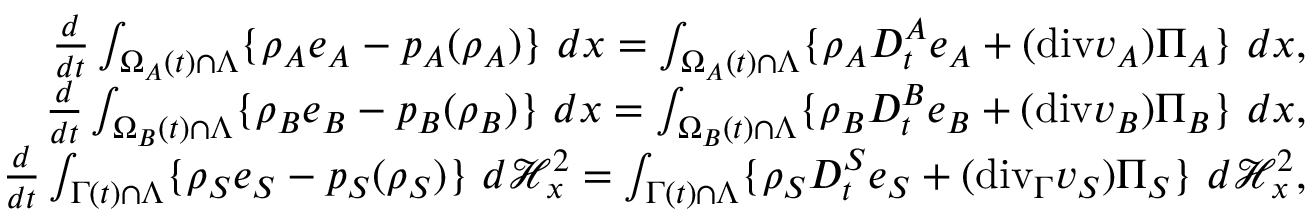
\begin{array} { r } { \frac { d } { d t } \int _ { \Omega _ { A } ( t ) \cap \Lambda } \{ \rho _ { A } e _ { A } - p _ { A } ( \rho _ { A } ) \} { \ } d x = \int _ { \Omega _ { A } ( t ) \cap \Lambda } \{ \rho _ { A } D _ { t } ^ { A } e _ { A } + ( \mathrm { { d i v } } v _ { A } ) \Pi _ { A } \} { \ } d x , } \\ { \frac { d } { d t } \int _ { \Omega _ { B } ( t ) \cap \Lambda } \{ \rho _ { B } e _ { B } - p _ { B } ( \rho _ { B } ) \} { \ } d x = \int _ { \Omega _ { B } ( t ) \cap \Lambda } \{ \rho _ { B } D _ { t } ^ { B } e _ { B } + ( { \mathrm { d i v } } v _ { B } ) \Pi _ { B } \} { \ } d x , } \\ { \frac { d } { d t } \int _ { \Gamma ( t ) \cap \Lambda } \{ \rho _ { S } e _ { S } - p _ { S } ( \rho _ { S } ) \} { \ } d \mathcal { H } _ { x } ^ { 2 } = \int _ { \Gamma ( t ) \cap \Lambda } \{ \rho _ { S } D _ { t } ^ { S } e _ { S } + ( \mathrm { { d i v } } _ { \Gamma } v _ { S } ) \Pi _ { S } \} { \ } d \mathcal { H } _ { x } ^ { 2 } , } \end{array}